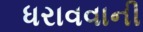
ધરાવવાની